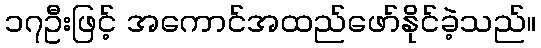
၁၇ဦးဖြင့် အကောင်အထည်ဖော်နိုင်ခဲ့သည်။